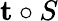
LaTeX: \mathbf t\circ S